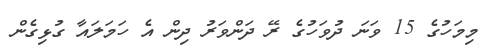
މިމަހުގެ 15 ވަނަ ދުވަހުގެ ރޭ ދަންވަރު ދިން އެ ހަމަލައާ ގުޅިގެން